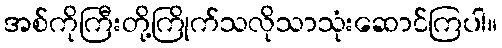
အစ်ကိုကြီးတို့ကြိုက်သလိုသာသုံးဆောင်ကြပါ။